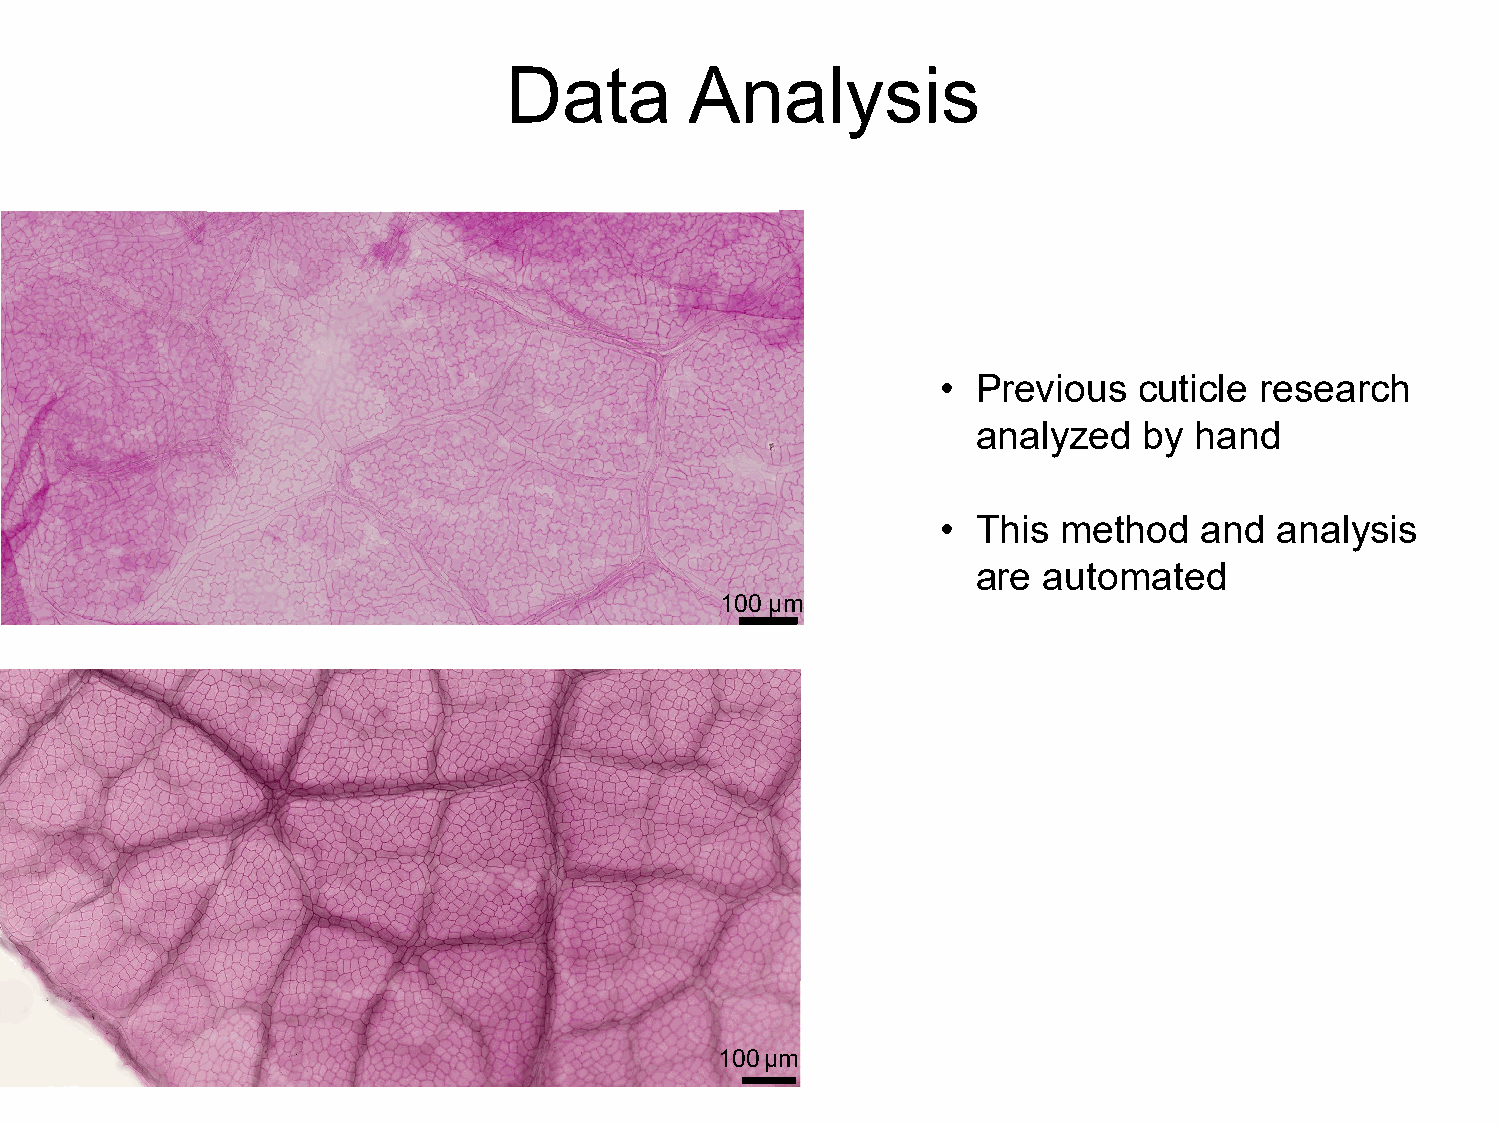
Data         Analysis
 •  Previous  cuticle research
 analyzed   by hand
 •  This method    and  analysis
 are automated
 100 µm
 •  Used  Fiji, distributed by
 ImageJ
 •  Selected  areas   not
 epidermal   cells
 100µm